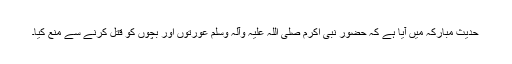
حدیث مبارکہ میں آیا ہے کہ حضور نبی اکرم صلی اللہ علیہ وآلہ وسلم عورتوں اور بچوں کو قتل کرنے سے منع کیا۔